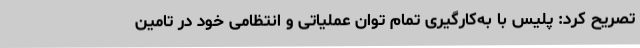
تصریح کرد: پلیس با به‌کارگیری تمام توان عملیاتی و انتظامی خود در تامین